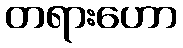
တရားဟော